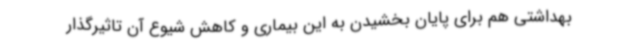
بهداشتی هم برای پایان بخشیدن به این بیماری و کاهش شیوع آن تاثیرگذار